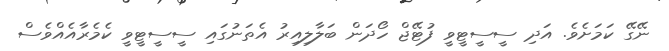
ނޭގޭ ކަމަށެވެ. އަދި ސީސީޓީވީ ފުޓޭޖް ހޯދަން ބަލާލިއިރު އެތަނުގައި ސީސީޓީވީ ކެމެރާއެއްވެސް